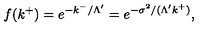
f ( k ^ { + } ) = e ^ { - k ^ { - } / \Lambda ^ { \prime } } = e ^ { - \sigma ^ { 2 } / ( \Lambda ^ { \prime } k ^ { + } ) } ,